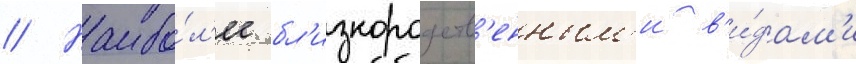
// Наибо́л'ее бл'изкородств'енным'и в'и́дам'и